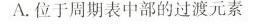
A.位于周期表中部的过渡元素